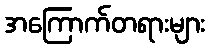
အကြောက်တရားများ